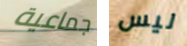
جماعية ليس